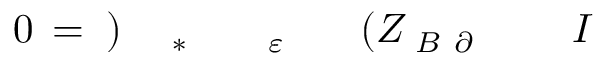
I \! \! \! \! \! \! \! \! \! \! \! \! _ { \! \! \! \! \! \! \! \! \! \! \! \! \partial \! \! \! \! \! \! \! \! \! \! \! \! B } \! \! \! \! \! \! \! \! \! \! \! \! ( Z \! \! \! \! \! \! \! \! \! \! \! \! _ { \! \! \! \! \! \! \! \! \! \! \! \! \varepsilon \! \! \! \! \! \! \! \! \! \! \! \! ^ { \! } \! \! \! \! \! \! \! \! \! \! \! * } \! \! \! \! \! \! \! \! \! \! \! \! ) \! \! \! \! \! \! \! \! \! \! \! \! = \! \! \! \! \! \! \! \! \! \! \! \! 0 \! \! \! \! \! \! \! \! \! \! \!